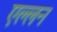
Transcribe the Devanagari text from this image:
एल्लन